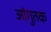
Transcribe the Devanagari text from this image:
आंगुतक